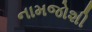
નામજોશી